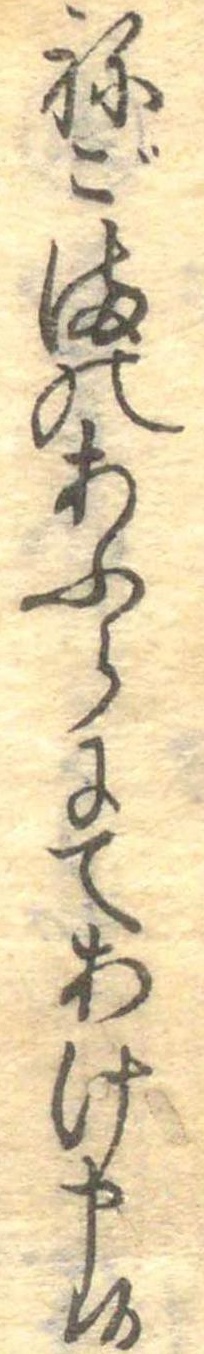
ねごまのあふらにてあけ申候